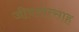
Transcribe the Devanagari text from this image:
जीवनोत्साह